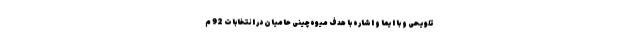
تلویحی و با ایما و اشاره با هدف میوه‌چینی حامیان در انتخابات 92 م